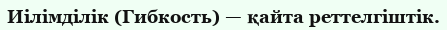
Иілімділік (Гибкость) — қайта реттелгіштік.